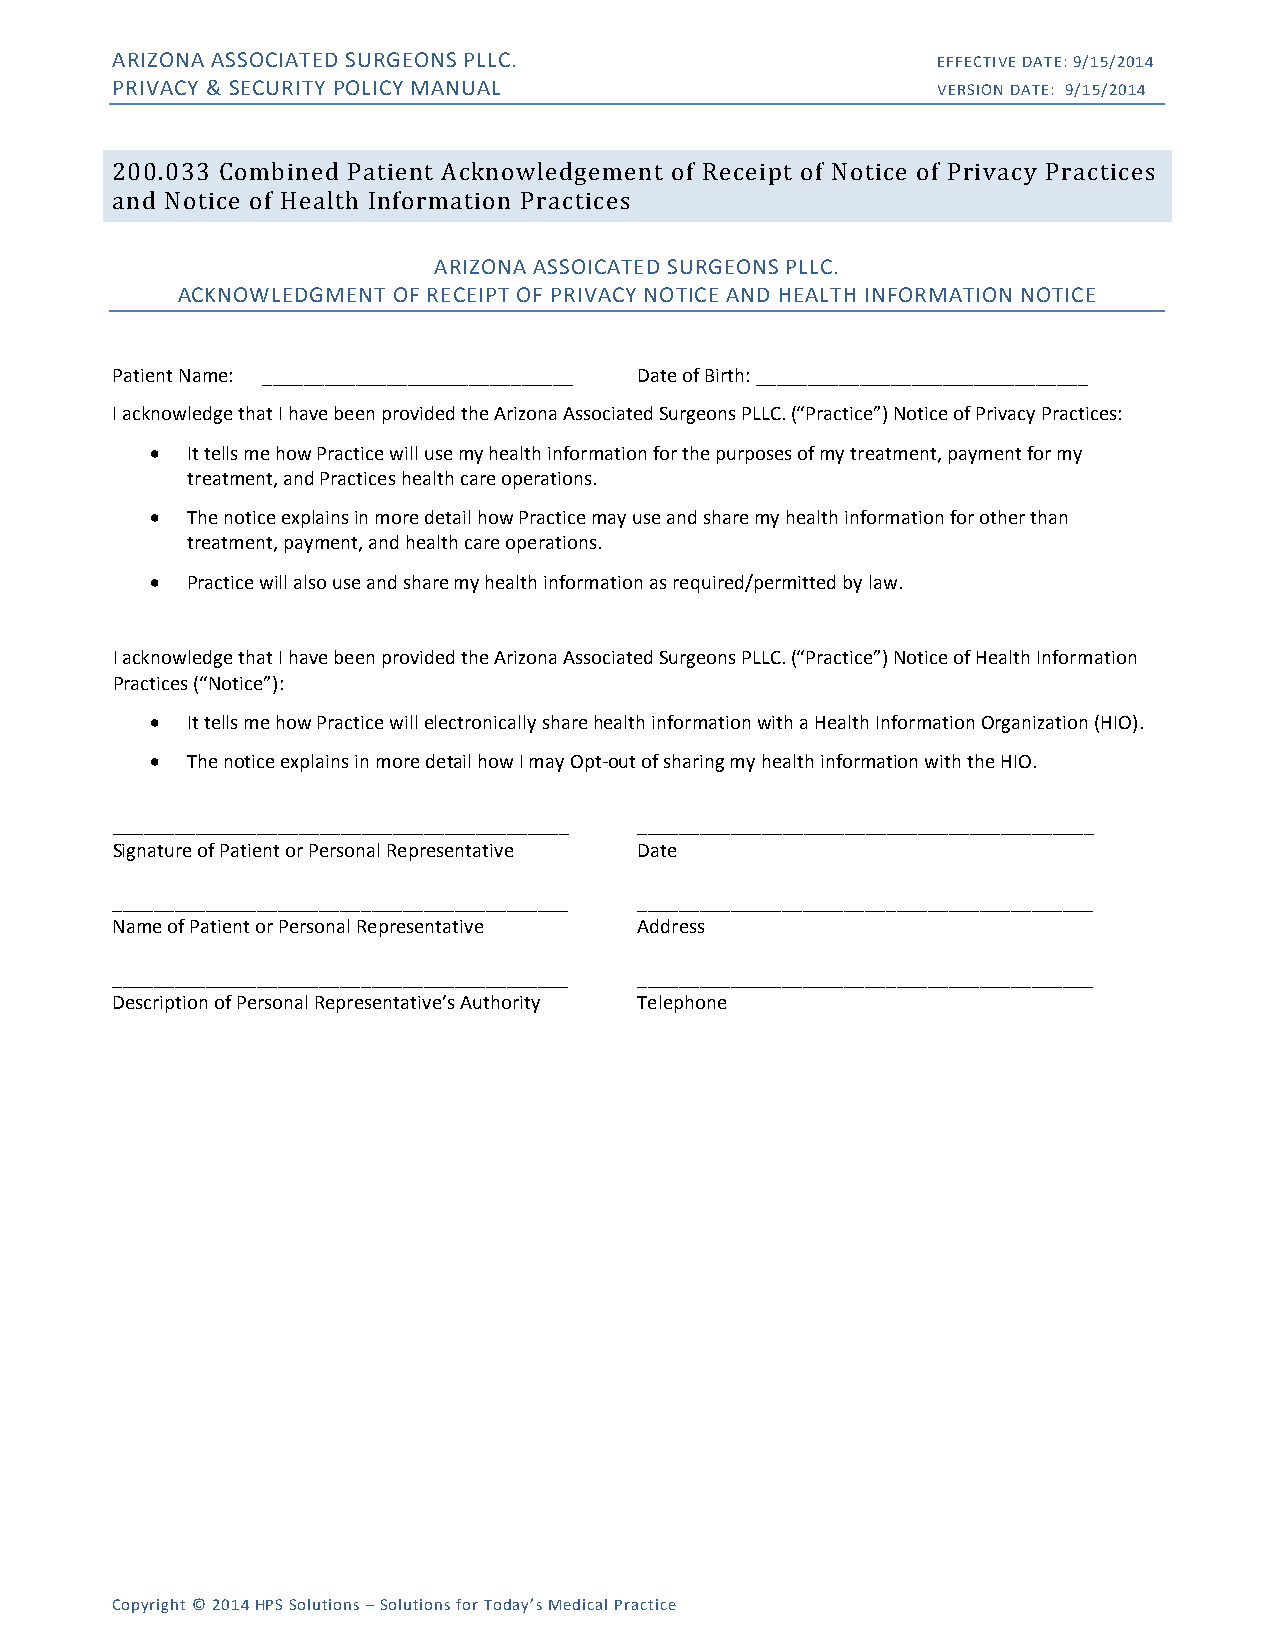
ARIZONA ASSOCIATED SURGEONS PLLC.                      EFFECTIVE DATE: 9/15/2014
 PRIVACY & SECURITY POLICY MANUAL                       VERSION DATE: 9/15/2014
 200.033 Combined Patient Acknowledgement of Receipt of Notice of Privacy Practices
 and Notice of Health Information Practices
 ARIZONA ASSOICATED SURGEONS PLLC.
 ACKNOWLEDGMENT OF RECEIPT OF PRIVACY NOTICE AND HEALTH INFORMATION NOTICE
 Patient Name: ______________________________ Date of Birth: ________________________________
 I acknowledge that I have been provided the Arizona Associated Surgeons PLLC. (“Practice”) Notice of Privacy Practices:
 • It tells me how Practice will use my health information for the purposes of my treatment, payment for my
 treatment, and Practices health care operations.
 • The notice explains in more detail how Practice may use and share my health information for other than
 treatment, payment, and health care operations.
 • Practice will also use and share my health information as required/permitted by law.
 I acknowledge that I have been provided the Arizona Associated Surgeons PLLC. (“Practice”) Notice of Health Information
 Practices (“Notice”):
 • It tells me how Practice will electronically share health information with a Health Information Organization (HIO).
 • The notice explains in more detail how I may Opt-out of sharing my health information with the HIO.
 ____________________________________________ ____________________________________________
 Signature of Patient or Personal Representative Date
 ____________________________________________ ____________________________________________
 Name of Patient or Personal Representative Address
 ____________________________________________ ____________________________________________
 Description of Personal Representative’s Authority Telephone
 Copyright © 2014 HPS Solutions – Solutions for Today’s Medical Practice